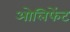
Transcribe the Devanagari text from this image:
ओलिफेंट